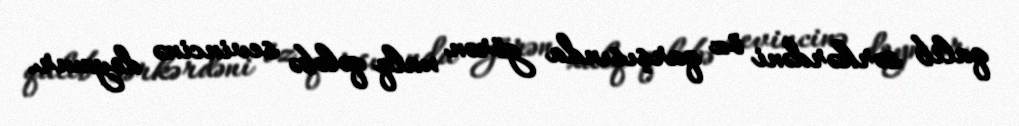
qalib sərkərdəni öz qarşısında görən xalq qələbə sevincinə doymur.